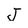
Character: J